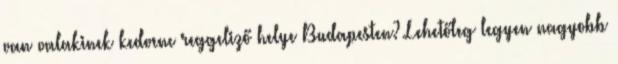
van valakinek kedvenc reggeliző helye Budapesten? Lehetőleg legyen nagyobb